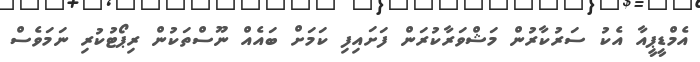
އެމްޑީޕީއާ އެކު ސަރުކާރުން މަޝްވަރާކުރަން ފަށައިފި ކަމަށް ބައެއް ނޫސްތަކުން ރިޕޯޓުކުރި ނަމަވެސް